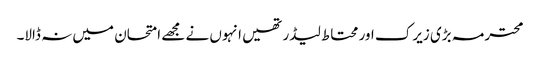
محترمہ بڑی زیرک اور محتاط لیڈر تھیں انہوں نے مجھے امتحان میں نہ ڈالا۔